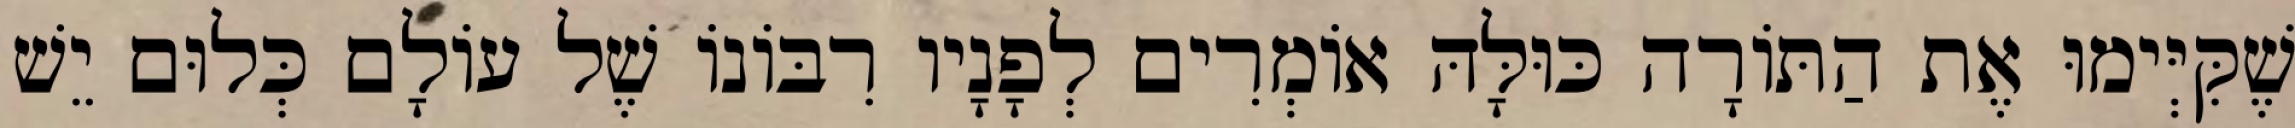
שֶׁקִּיְּימוּ אֶת הַתּוֹרָה כּוּלָּהּ אוֹמְרִים לְפָנָיו רִבּוֹנוֹ שֶׁל עוֹלָם כְּלוּם יֵשׁ